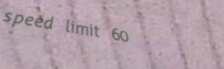
speed limit 60